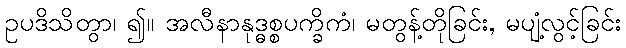
ဥပဒိသိတွာ၊ ၍။ အလီနာနုဒ္ဓစ္စပက္ခိကံ၊ မတွန့်တိုခြင်း, မပျံ့လွင့်ခြင်း